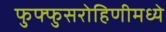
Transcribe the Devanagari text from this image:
फुफ्फुसरोहिणीमध्ये